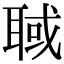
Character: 聝